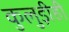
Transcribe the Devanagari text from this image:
कुलुड़ीही